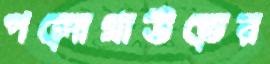
পলোগ্রাউন্ডের